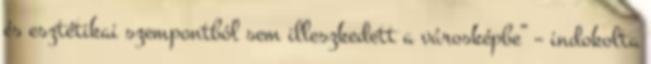
és esztétikai szempontból sem illeszkedett a városképbe” – indokolta